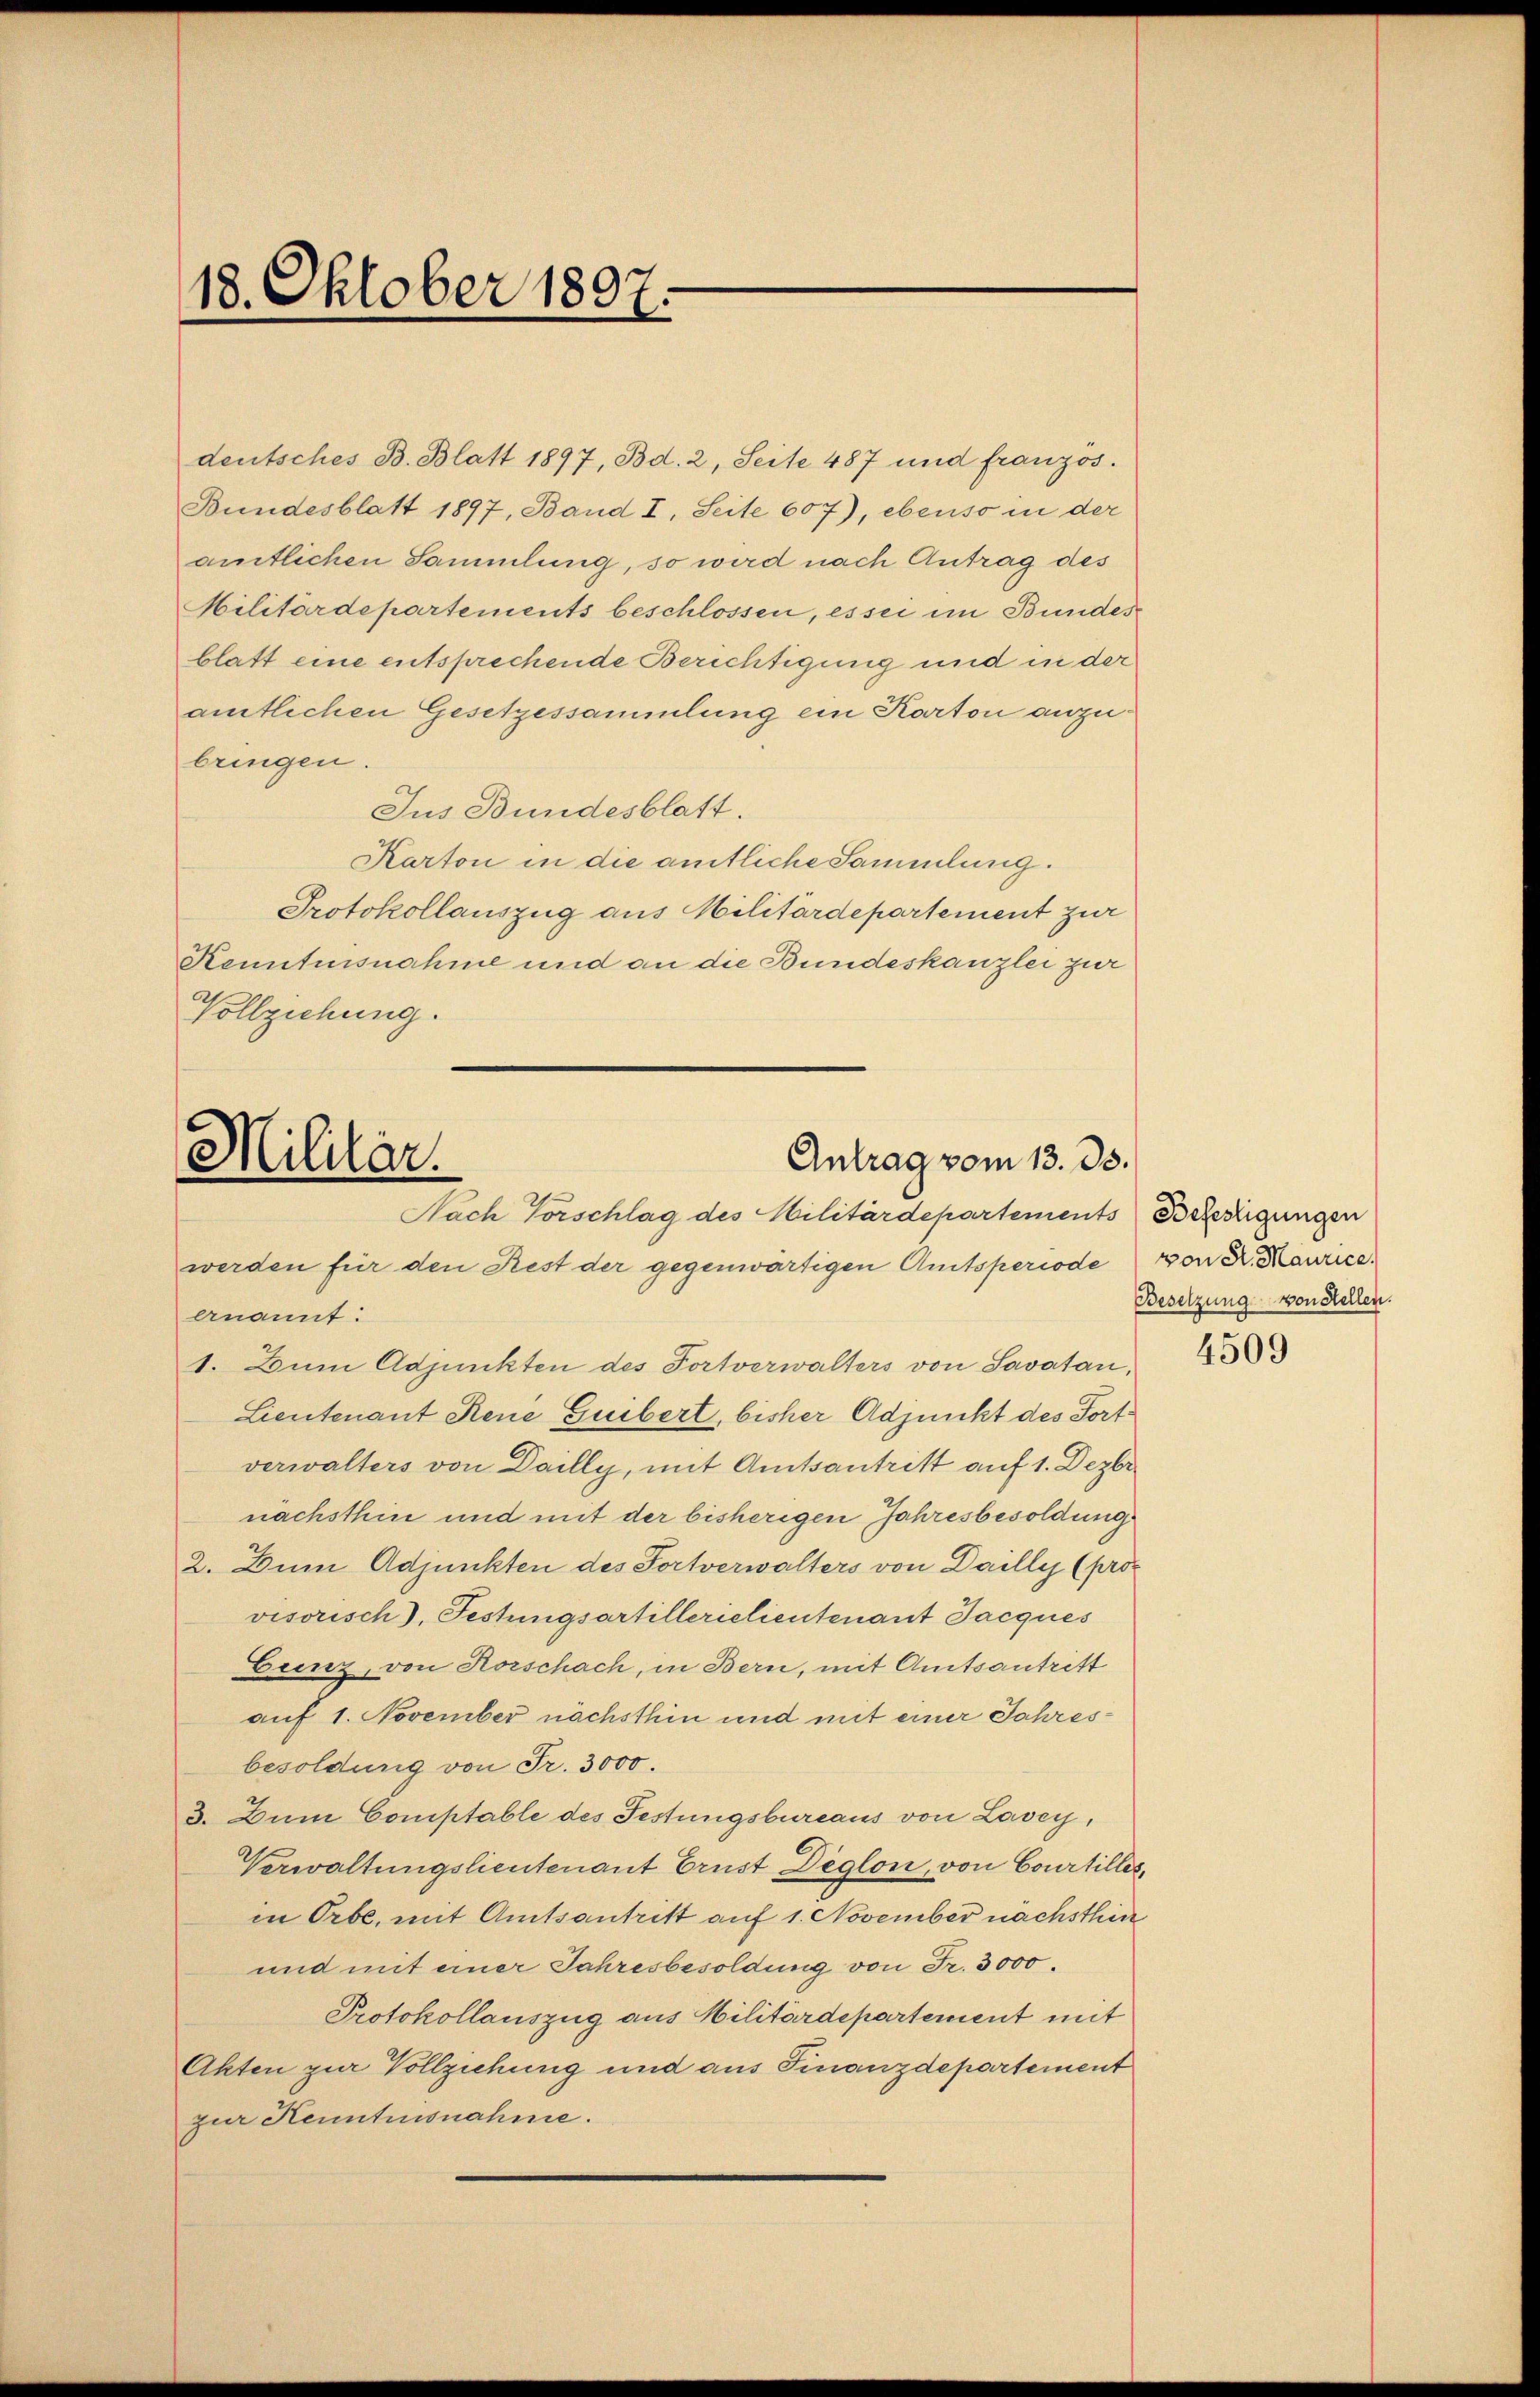
ch
18. Oktober 1807
u

Antrag vom 13. ds.
Militär.
Nach Vorschlag des Militärdepartements Bezeugungen

deutsches B. Blatt 1897, Bd. 2, Seite 487 und französ.
Bundesblatt 1897, Band I. Seite 607), ebenso in der
amtlichen Sammlung, so wird nach Antrag des
Militärdepartements beschlossen, es sei im Bundes
blatt eine entsprechende Berichtigung und in der
amtlichen Gesetzessammlung ein Karton anzubringen.
Jus Bundesblatt.
Karton in die amtliche Sammlung.
Protokollauszug aus Militärdepartement zur
Kenntnisnahme und an die Bundeskanzlei zur
Vollziehung.

werden für den Rest der gegenwärtigen Amtsperiode
anant:
1. Zum Adjunkten des Tortverwalters von Savatan,
Lieutenant Reue Gubert, bisher Adjunkt des Fortverwalters von Dailly, mit Amtsantritt auf 1. Dezbr.
nachsthin und mit der bisherigen Jahresbesoldung
2. Zum Adjunkten des Sortverwalters von Dailly (pros
visorisch), Festungsartillericlientenant Jacques
Eunz, von Horschach, in Bern, mit Amtsantritt
auf 1. November nächsthin und mit einer Jahresbesoldung von Fr. 3000.
3. Zum Comptable des Festungsbureaus von Lavey,
Verwaltungslieutenant Brust Deglon, von Courtilles,
in Orbe, mit Amtsantritt auf 1. November nächsthin
und mit einer Jahresbesoldung von Fr. 3000.
Protokollauszug aus Militärdepartement mit
Akten zur Vollziehung und aus Finanzdepartement
zur Kenntnisnahme.

von St. Maurice.
Besetzung von Stellen.

4509